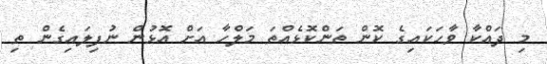
މި ދައްކާ ވާހަކައިގެ ކޮން ތަންކޮޅެއްތަ މަލްހާ އަށް އޮޅުން ނުފިލައިގެން ތި